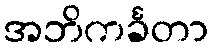
အဘိကင်္ခတာ